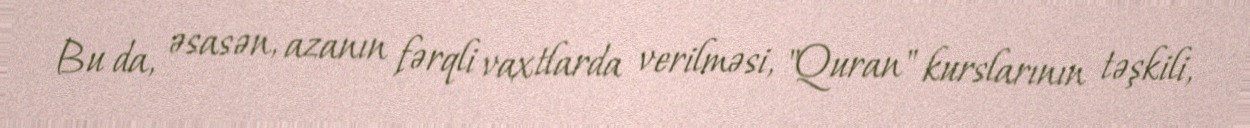
Bu da, əsasən, azanın fərqli vaxtlarda verilməsi, "Quran" kurslarının təşkili,